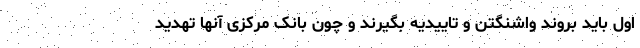
اول باید بروند واشنگتن و تاییدیه بگیرند و چون بانک مرکزی آنها تهدید